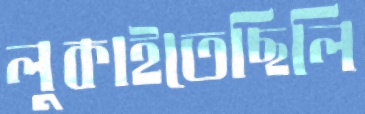
লুকাইতেছিলি